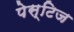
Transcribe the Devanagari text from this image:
पेस्टिज